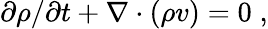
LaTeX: \partial\rho/\partial t+\nabla\cdot(\rho v)=0\; ,